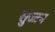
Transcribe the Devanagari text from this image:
सुज्जन